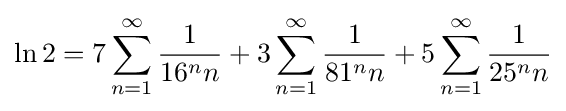
\ln 2=7\sum _{n=1}^{\infty }{\frac {1}{16^{n}n}}+3\sum _{n=1}^{\infty }{\frac {1}{81^{n}n}}+5\sum _{n=1}^{\infty }{\frac {1}{25^{n}n}}